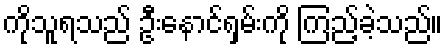
ကိုသူရသည် ဦးနောင်ရှမ်းကို ကြည့်ခဲ့သည်။